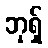
ဘုရှ်